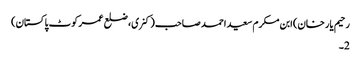
رحیم یار خان) ابن مکرم سعید احمد صاحب (کنری، ضلع عمر کوٹ پاکستان)
2۔